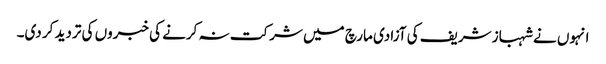
انہوں نے شہباز شریف کی آزادی مارچ میں شرکت نہ کرنے کی خبروں کی تردید کر دی۔